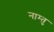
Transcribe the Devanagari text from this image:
नाम्तु